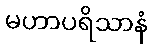
မဟာပရိသာနံ